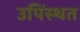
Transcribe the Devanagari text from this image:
उपिंस्थत